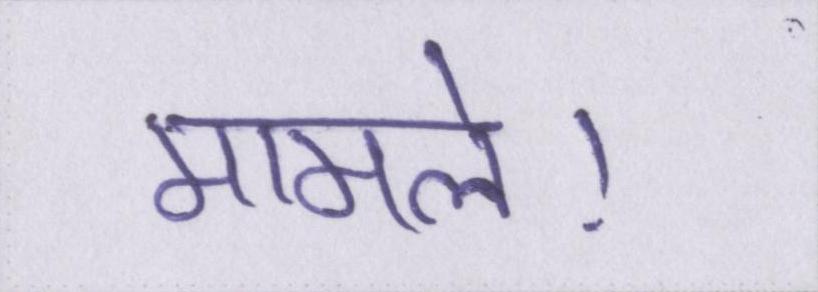
मामले।